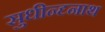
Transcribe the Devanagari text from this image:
सुधीन्दृनाथ